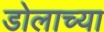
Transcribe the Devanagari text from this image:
डोलाच्या